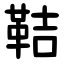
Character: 鞊